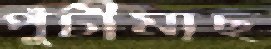
পুঁটীমাছ